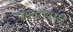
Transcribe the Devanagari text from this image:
घनत्वावाले